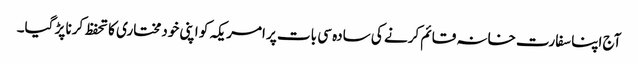
آج اپنا سفارت خانہ قائم کرنے کی سادہ سی بات پر امریکہ کو اپنی خودمختاری کا تحفظ کرنا پڑ گیا۔